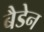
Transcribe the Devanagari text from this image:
बैडेन